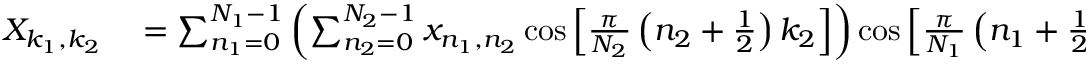
\begin{array} { r l } { X _ { k _ { 1 } , k _ { 2 } } } & { { } = \sum _ { n _ { 1 } = 0 } ^ { N _ { 1 } - 1 } \left( \sum _ { n _ { 2 } = 0 } ^ { N _ { 2 } - 1 } x _ { n _ { 1 } , n _ { 2 } } \cos \left[ { \frac { \pi } { N _ { 2 } } } \left( n _ { 2 } + { \frac { 1 } { 2 } } \right) k _ { 2 } \right] \right) \cos \left[ { \frac { \pi } { N _ { 1 } } } \left( n _ { 1 } + { \frac { 1 } { 2 } } \right) k _ { 1 } \right] } \end{array}